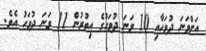
އަަށްވަނަ ދުވަހާއި 10 ވަނަ ދުވަހުގެ އިތުރުން 11 ވަނަ ދުވަހު އެވެ.